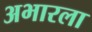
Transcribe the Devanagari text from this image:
अभारला